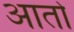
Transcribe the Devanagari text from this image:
आताे